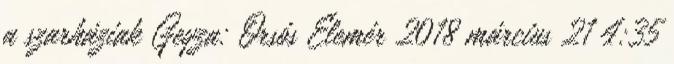
a szarháziak Geyza: Orsós Elemér 2018 március 21 4:35